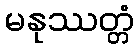
မနုဿတ္တံ